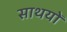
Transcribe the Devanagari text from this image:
साथयों